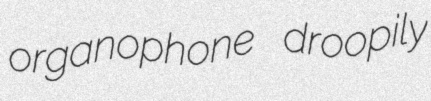
organophone droopily